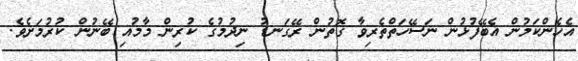
އެހެންކަމުން އެބޭފުޅުން ނަސޭހަތްތެރިވާ ގޮތުން ރޭގަނޑު ނިދުމުގެ ކުރިން މާމުއި ބޭނުން ކުރުމަށެވެ.